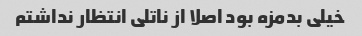
خیلی بدمزه بود اصلا از ناتلی انتظار نداشتم